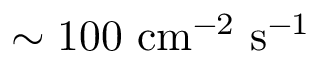
\mathrm { { \sim 1 0 0 } ~ c m ^ { - 2 } ~ s ^ { - 1 } }